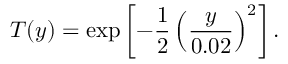
T ( y ) = \exp \left[ - \frac { 1 } { 2 } \left( \frac { y } { 0 . 0 2 } \right) ^ { 2 } \right] .